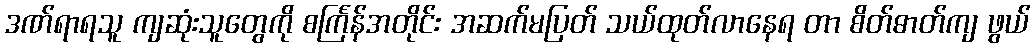
ဒဏ်ရာရသူ ကျဆုံးသူတွေကို စင်္ကြန်အတိုင်း အဆက်မပြတ် သယ်ထုတ်လာနေရ တာ စိတ်ဓာတ်ကျ ဖွယ်